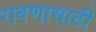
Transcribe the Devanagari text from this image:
रावणासाठी